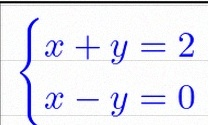
\begin{cases}x+y=2\\x-y=0\end{cases}